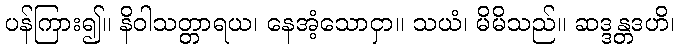
ပန်ကြား၍။ နိဝါသတ္တာရယ၊ နေအံ့သောငှာ။ သယံ၊ မိမိသည်။ ဆဒ္ဒန္တဒဟိ၊